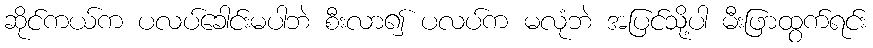
ဆိုင်ကယ်က ပလပ်ခေါင်းမပါဘဲ စီးလာ၍ ပလပ်က မလုံဘဲ အပြင်သို့ပါ မီးဖြာထွက်ရင်း